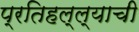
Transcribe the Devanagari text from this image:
प्रतिहल्ल्याची